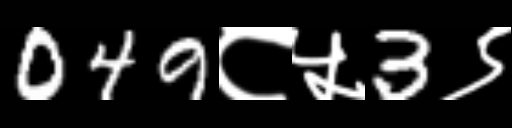
Text: 049८५3९